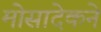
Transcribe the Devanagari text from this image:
मोसादेकने